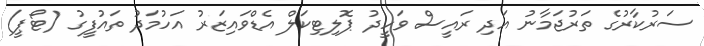
ސަރުކާރުގެ ތަރުޖަމާނު އަދި ރައީސް ވަހީދު ޕޮލިޓިކަލް އެޑްވައިޒަރު އަހުމަދު ތައުފީގު (ޓޯޕީ)